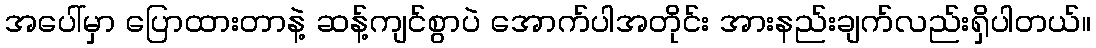
အပေါ်မှာ ပြောထားတာနဲ့ ဆန့်ကျင်စွာပဲ အောက်ပါအတိုင်း အားနည်းချက်လည်းရှိပါတယ်။